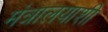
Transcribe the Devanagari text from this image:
मंत्रालयाशी